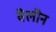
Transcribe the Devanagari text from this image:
वेलोन